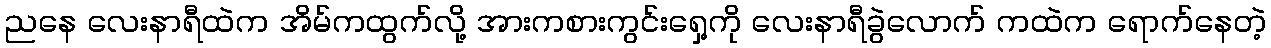
ညနေ လေးနာရီထဲက အိမ်ကထွက်လို့ အားကစားကွင်းရှေ့ကို လေးနာရီခွဲလောက် ကထဲက ရောက်နေတဲ့